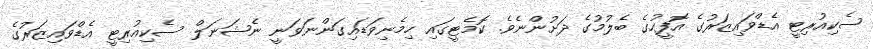
ސެކިއުރިޓީ އެޑްވައިޒަރުގެ އޮފީހުގެ ބެލުމުގެ ދަށުންނެވެ. ކޮމެޓީގައި ހިމެނިވަޑައިގަންނަވަނީ ނެޝަނަލް ސެކިއުރިޓީ އެޑްވައިޒަރުގެ